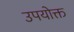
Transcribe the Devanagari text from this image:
उपयोक्त